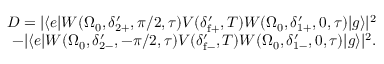
\begin{array} { r } { D = | \langle e | W ( \Omega _ { 0 } , \delta _ { 2 + } ^ { \prime } , \pi / 2 , \tau ) V ( \delta _ { \mathrm { f } + } ^ { \prime } , T ) W ( \Omega _ { 0 } , \delta _ { 1 + } ^ { \prime } , 0 , \tau ) | g \rangle | ^ { 2 } } \\ { - | \langle e | W ( \Omega _ { 0 } , \delta _ { 2 - } ^ { \prime } , - \pi / 2 , \tau ) V ( \delta _ { \mathrm { f } - } ^ { \prime } , T ) W ( \Omega _ { 0 } , \delta _ { 1 - } ^ { \prime } , 0 , \tau ) | g \rangle | ^ { 2 } . } \\ { } \end{array}